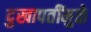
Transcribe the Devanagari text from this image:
दुखापतींमुळे